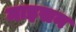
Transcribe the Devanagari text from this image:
माइसन